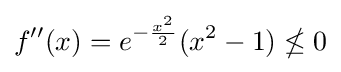
f''(x)=e^{-{\frac {x^{2}}{2}}}(x^{2}-1)\nleq 0